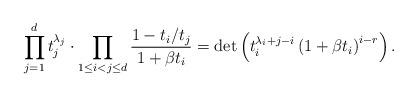
LaTeX: \begin{align*}\prod_{j=1}^d t_j^{\lambda_j} \cdot \prod_{1\leq i< j\leq d} \frac{1 - t_i/t_j}{1+\beta t_i} = \det\left( t_i^{\lambda_i+j-i} \left(1+\beta t_i\right)^{i-r} \right).\end{align*}